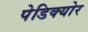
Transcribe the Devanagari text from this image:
पेडिक्‍योर